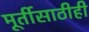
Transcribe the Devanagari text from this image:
मूर्तीसाठीही